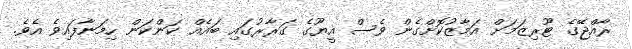
ރާއްޖޭގެ ޓޫރިޒަމަށް އަމާޒުކޮށްގެން ވެސް އީޔޫގެ ގަރާރުގައި ބައެއް ކަންކަން ހިމަނާފައިވެ އެވެ.